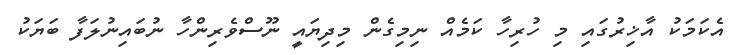
އެކަމަކު އާޚިރުގައި މި ހުރިހާ ކަމެއް ނިމިގެން މިދިޔައީ ނޫސްވެރިންހާ ނުބައިނުލަފާ ބަޔަކު